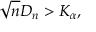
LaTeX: { \sqrt { n } } D _ { n } > K _ { \alpha } ,